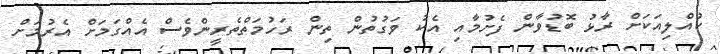
ކުއްލިއަކަށް ރާޅު ބޮޑުވާން ފެށުމާއި އެކު ވަގުތުން ތިން ރަހުމަތްތެރީންވެސް އެއްގަމަށް އެރުމަށް